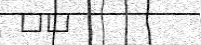
١٣